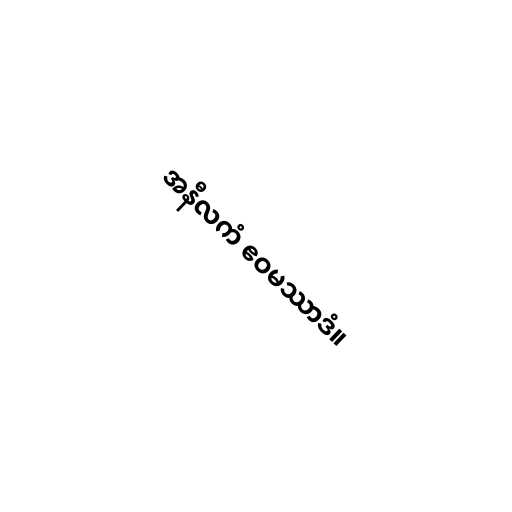
အနီလကံ ဧဝမဿာဒံ။